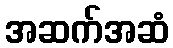
အဆက်အဆံ